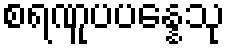
စရဏူပပန္နေသု